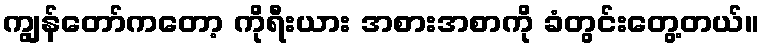
ကျွန်တော်ကတော့ ကိုရီးယား အစားအစာကို ခံတွင်းတွေ့တယ်။